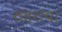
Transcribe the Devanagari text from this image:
ठहराय।